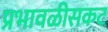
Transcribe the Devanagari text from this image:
प्रभावळीसकट